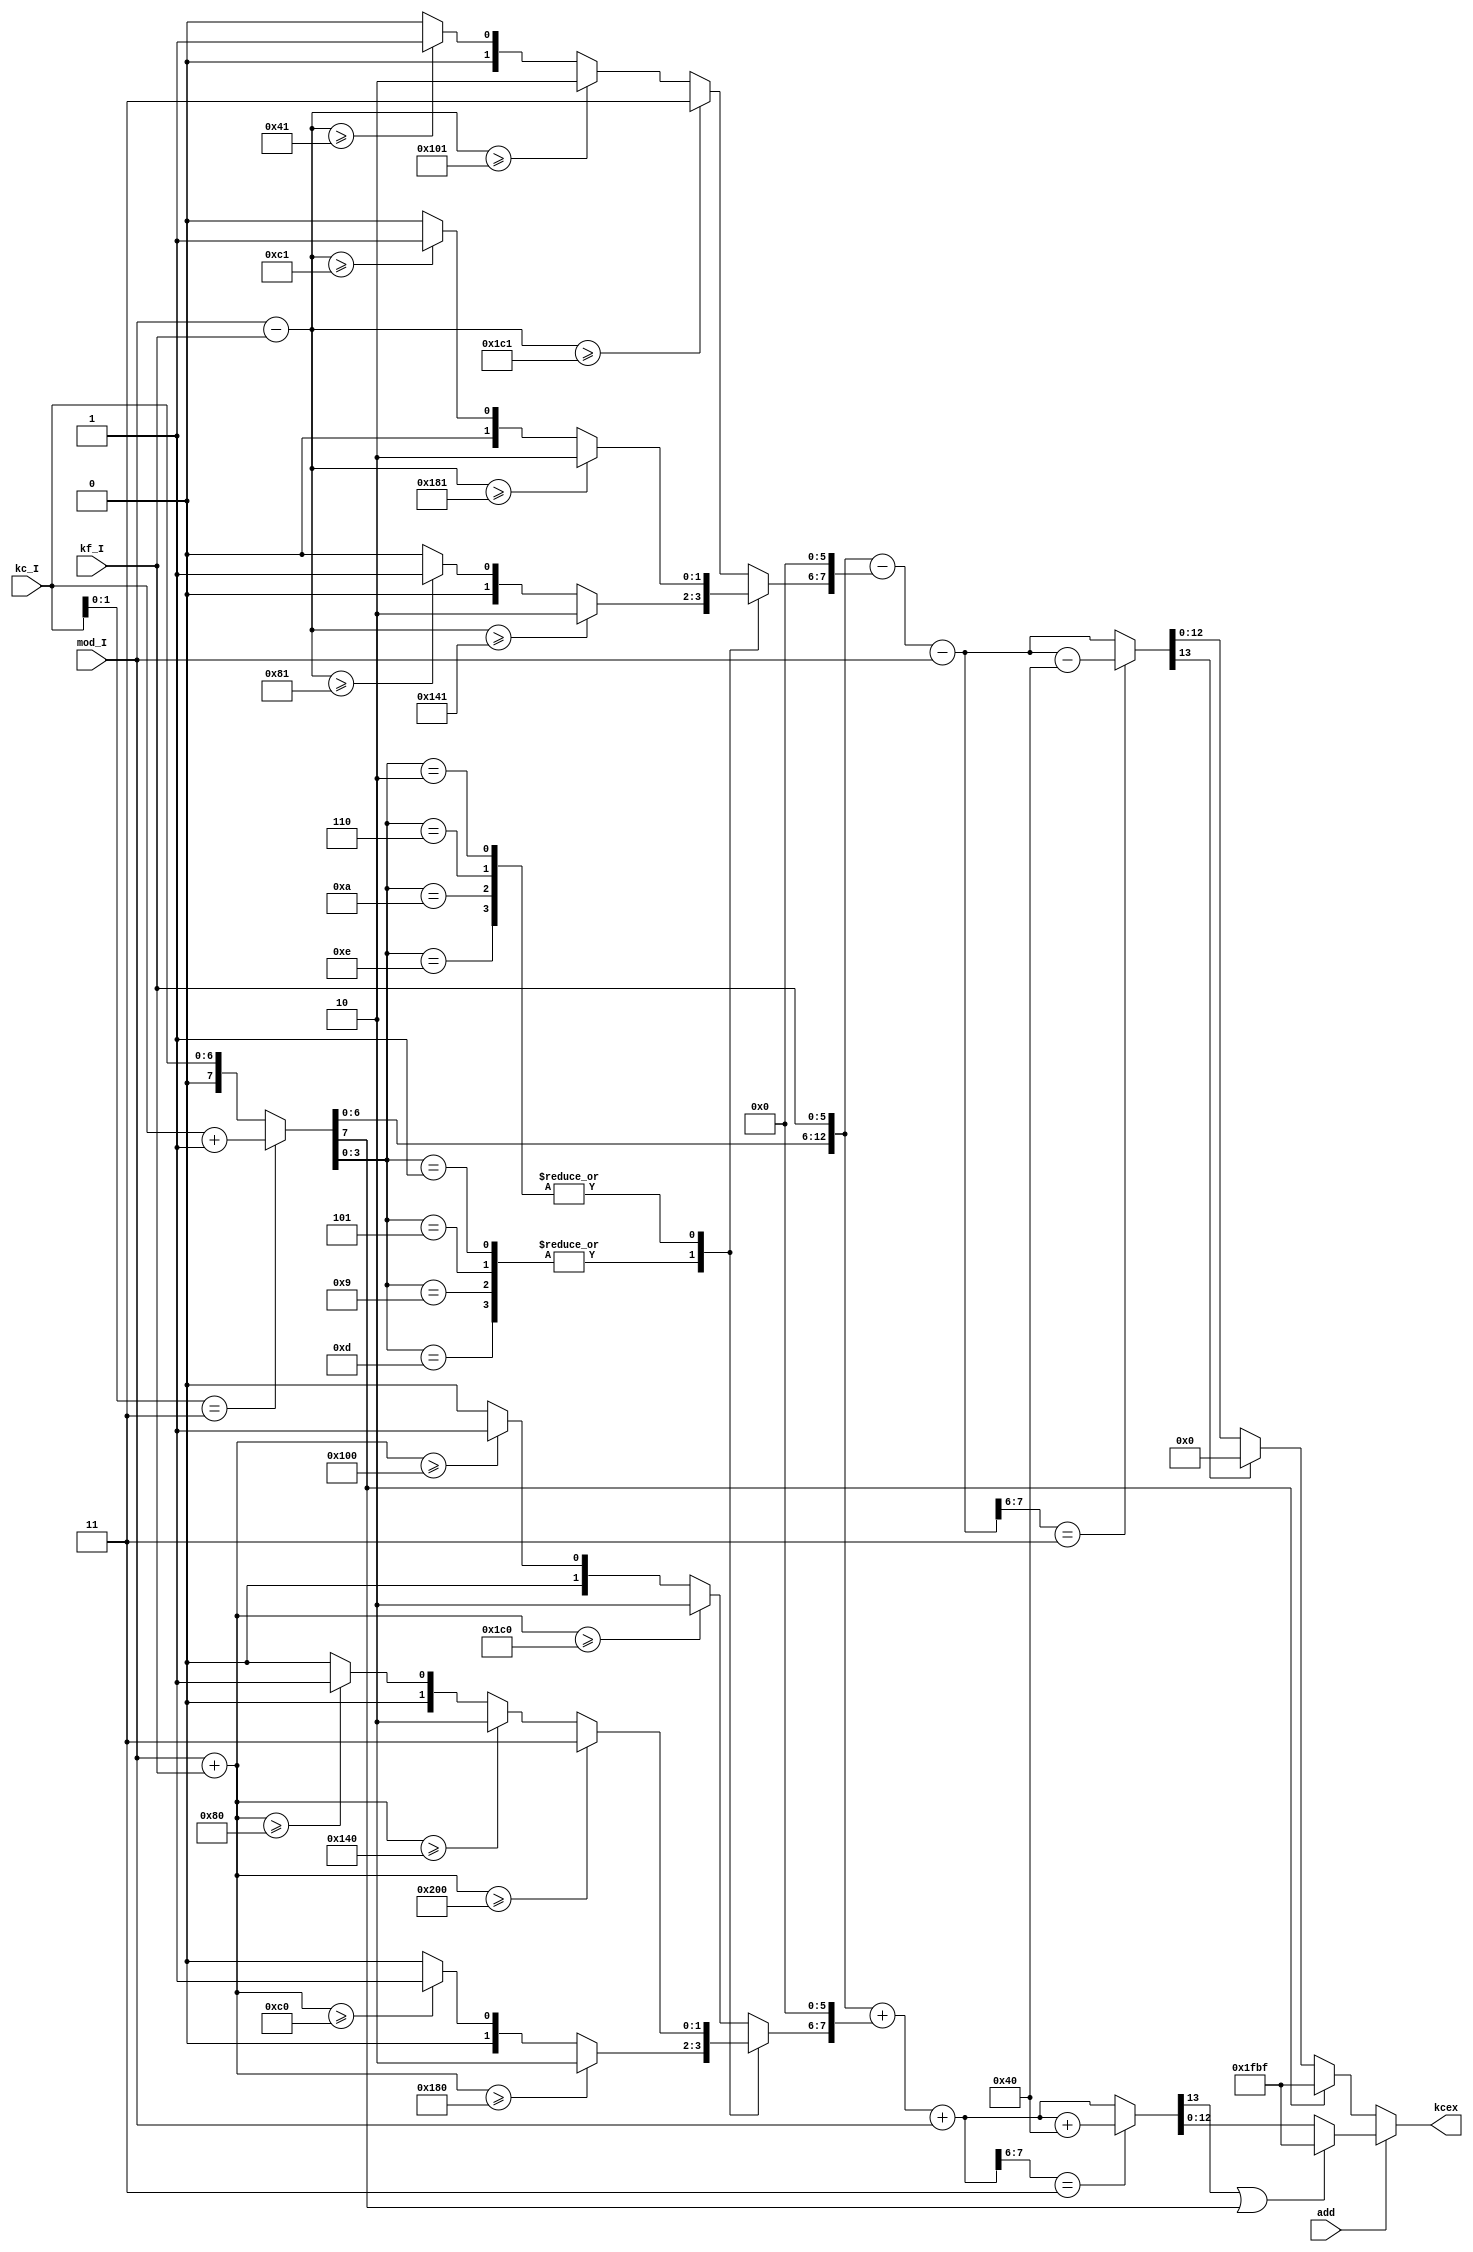
module jt51_pm(
	input	[6:0]	kc_I,
    input	[5:0]	kf_I,
    input	[8:0]	mod_I,
    input			add,
    output	reg [12:0] kcex
);

reg [9:0] lim;
reg [13:0] kcex0, kcex1;
reg [1:0] extra;

reg [6:0] kcin;
reg carry;

always @(*) begin: kc_input_cleaner
	{ carry, kcin } = kc_I[1:0]==2'd3 ? { 1'b0, kc_I } + 8'd1 : {1'b0,kc_I};
end

always @(*) begin : addition
	lim = { 1'd0, mod_I } +  { 4'd0, kf_I };
    case( kcin[3:0] )
		default:
        	if( lim>=10'd448 ) extra = 2'd2;
            else if( lim>=10'd256 ) extra = 2'd1;
            else extra = 2'd0;
         4'd1,4'd5,4'd9,4'd13:
        	if( lim>=10'd384 ) extra = 2'd2;
            else if( lim>=10'd192 ) extra = 2'd1;
            else extra = 2'd0;
         4'd2,4'd6,4'd10,4'd14:
        	if( lim>=10'd512 ) extra = 2'd3;
        	else if( lim>=10'd320 ) extra = 2'd2;
            else if( lim>=10'd128 ) extra = 2'd1;
            else extra = 2'd0;            
    endcase
    kcex0 = {1'b0,kcin,kf_I} + { 4'd0, extra, 6'd0 } + { 1'd0, mod_I };
    kcex1 = kcex0[7:6]==2'd3 ? kcex0 + 14'd64 : kcex0;    
end

reg signed [9:0] slim;
reg [1:0] sextra;
reg [13:0] skcex0, skcex1;

always @(*) begin : subtraction
	slim = { 1'd0, mod_I } - { 4'd0, kf_I };
    case( kcin[3:0] )
		default:
        	if( slim>=10'sd449 ) sextra = 2'd3;
        	else if( slim>=10'sd257 ) sextra = 2'd2;
            else if( slim>=10'sd65 ) sextra = 2'd1;
            else sextra = 2'd0;
         4'd1,4'd5,4'd9,4'd13:
	        if( slim>=10'sd321 ) sextra = 2'd2;
            else if( slim>=10'sd129 ) sextra = 2'd1;
            else sextra = 2'd0;
         4'd2,4'd6,4'd10,4'd14:
        	if( slim>=10'sd385 ) sextra = 2'd2;
            else if( slim>=10'sd193 ) sextra = 2'd1;
            else sextra = 2'd0;            
    endcase
    skcex0 = {1'b0,kcin,kf_I} - { 4'd0, sextra, 6'd0 } - { 1'd0, mod_I };
    skcex1 = skcex0[7:6]==2'd3 ? skcex0 - 14'd64 : skcex0;
end

always @(*) begin : mux
	if ( add )
	    kcex = kcex1[13] | carry ? {3'd7, 4'd14, 6'd63} : kcex1[12:0];
    else
	    kcex = carry ? {3'd7, 4'd14, 6'd63} : (skcex1[13] ? 13'd0 : skcex1[12:0]);
end

endmodule